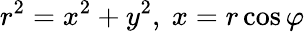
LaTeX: r^{2}=x^{2}+y^{2},\ x=r\cos\varphi